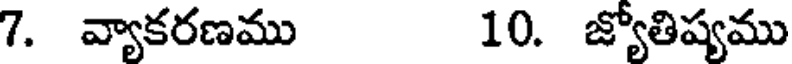
7. వ్యాకరణము 10. జ్యోతిష్యము